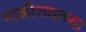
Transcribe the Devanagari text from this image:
माळीरायाच्या